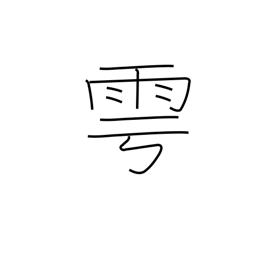
Meaning: offer sacrifice for rain